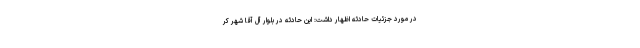
در مورد جزئیات حادثه اظهار داشت: این حادثه در بلوار آل آقا شهر کر